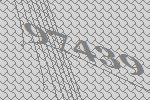
97439